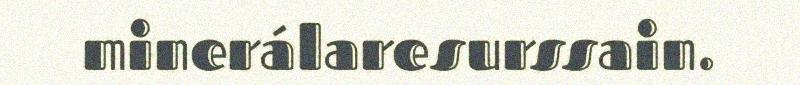
minerálaresurssain.